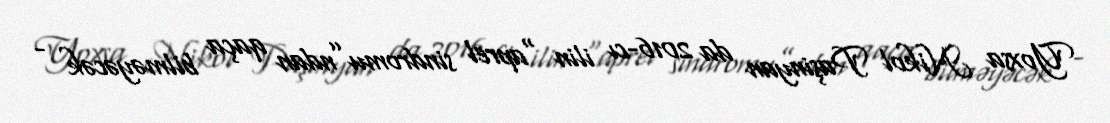
Yoxsa Nikol Paşinyan da 2016-cı ilin “aprel sindromu”ndan qaça bilməyəcək -